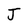
Character: J